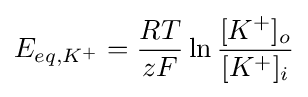
E_{eq,K^{+}}={\frac {RT}{zF}}\ln {\frac {[K^{+}]_{o}}{[K^{+}]_{i}}}